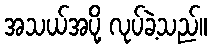
အသယ်အပို့ လုပ်ခဲ့သည်။